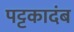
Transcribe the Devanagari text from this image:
पट्टकादंब